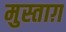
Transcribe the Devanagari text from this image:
मुस्ताग़